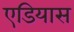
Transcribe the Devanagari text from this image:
एडियास